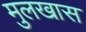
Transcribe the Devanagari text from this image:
मुलखास